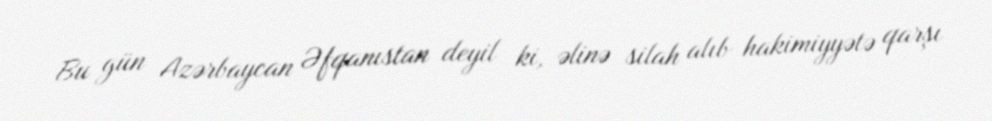
Bu gün Azərbaycan Əfqanıstan deyil ki, əlinə silah alıb hakimiyyətə qarşı